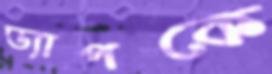
ড্যাপকে